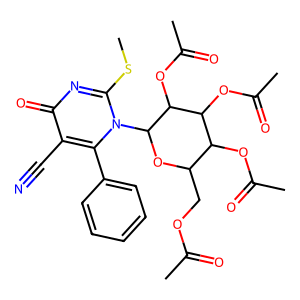
SMILES: CSc1nc(=O)c(C#N)c(-c2ccccc2)n1C1OC(COC(C)=O)C(OC(C)=O)C(OC(C)=O)C1OC(C)=O
Inhibits HIV replication: No